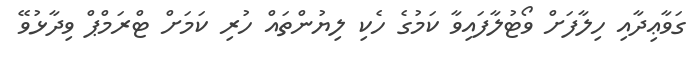
ގަވާޢިދާއި ހިލާފަށް ވޯޓުލާފައިވާ ކަމުގެ ހެކި ލިޔުންތައް ހުރި ކަމަށް ޓްރަމްޕް ވިދާޅުވޭ